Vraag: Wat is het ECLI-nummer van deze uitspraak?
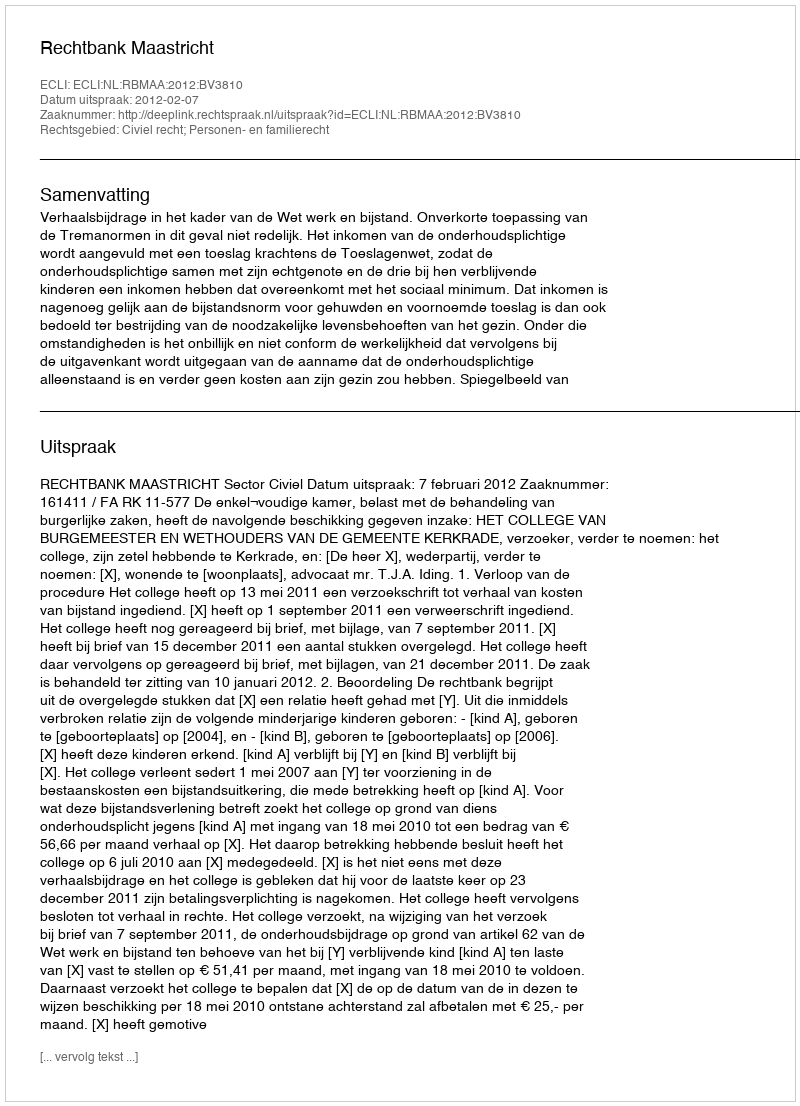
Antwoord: ECLI:NL:RBMAA:2012:BV3810